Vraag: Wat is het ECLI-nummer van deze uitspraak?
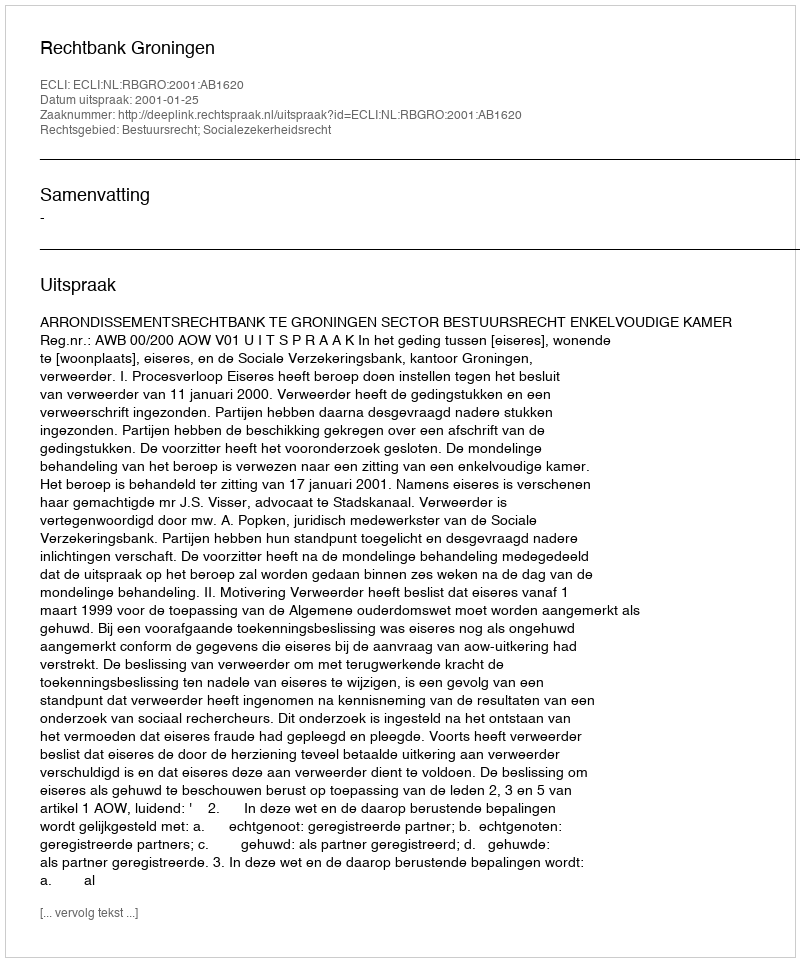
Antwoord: ECLI:NL:RBGRO:2001:AB1620